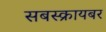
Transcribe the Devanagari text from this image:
सबस्क्रायबर